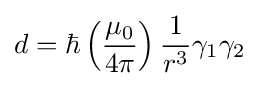
d=\hbar \left({\frac {\mu _{0}}{4\pi }}\right){\frac {1}{r^{3}}}\gamma _{1}\gamma _{2}